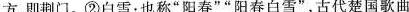
方，即荆门。②白雪：也称”阳春””阳春白雪”，古代楚国歌曲